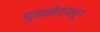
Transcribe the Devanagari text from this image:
घुसखोरांकडून